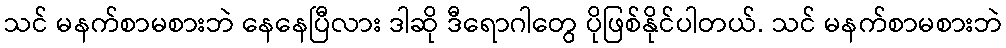
သင် မနက်စာမစားဘဲ နေနေပြီလား ဒါဆို ဒီရောဂါတွေ ပိုဖြစ်နိုင်ပါတယ်. သင် မနက်စာမစားဘဲ